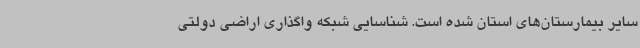
سایر بیمارستان‌های استان شده است. شناسایی شبکه واگذاری اراضی دولتی